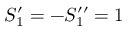
S _ { 1 } ^ { \prime } = - S _ { 1 } ^ { \prime \prime } = 1